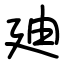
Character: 廸